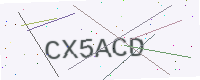
Text: CX5ACD